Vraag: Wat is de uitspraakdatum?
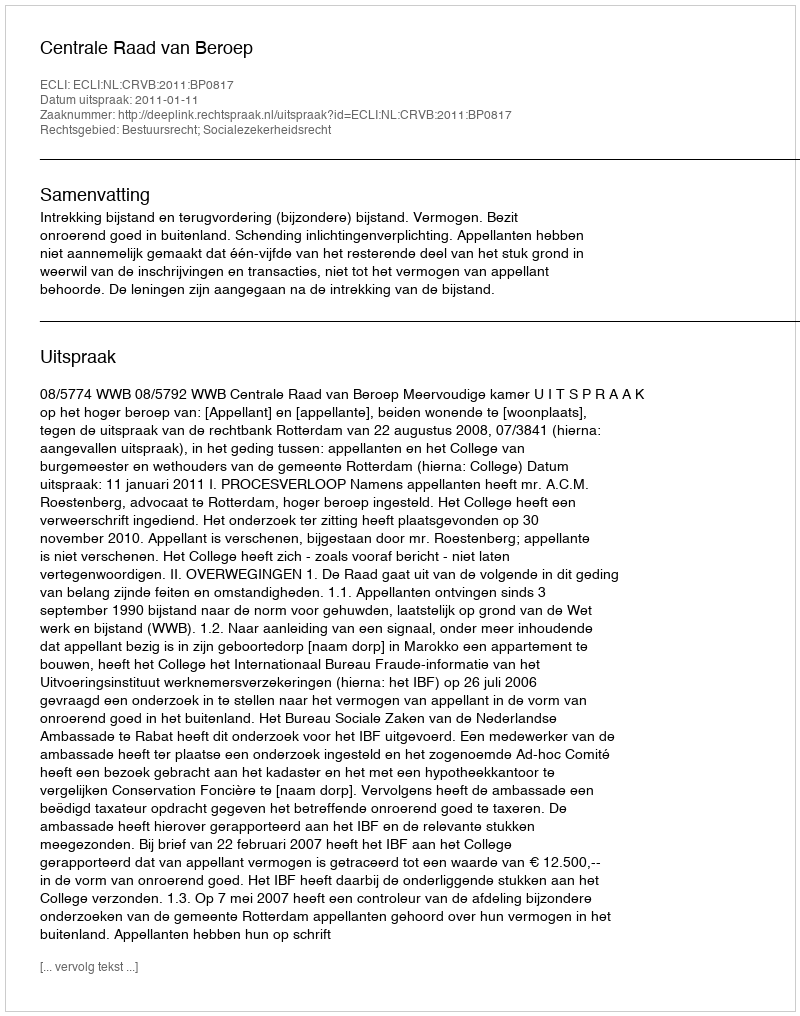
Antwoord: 2011-01-11